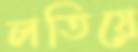
লতিয়ে